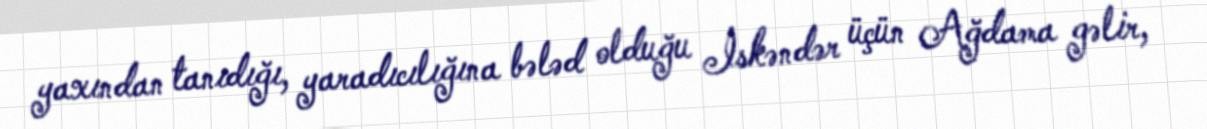
yaxından tanıdığı, yaradıcılığına bələd olduğu İskəndər üçün Ağdama gəlir,